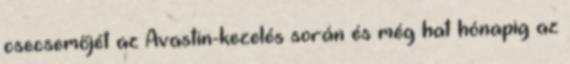
csecsemőjét az Avastin-kezelés során és még hat hónapig az